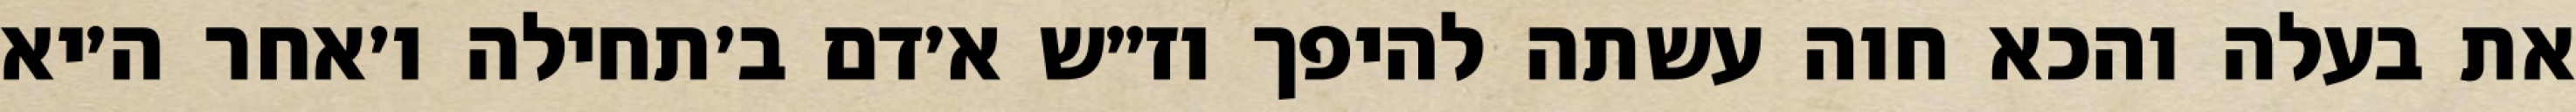
את בעלה והכא חוה עשתה להיפך וז״ש א׳דם ב׳תחילה ו׳אחר ה׳יא